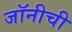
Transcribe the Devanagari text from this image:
जॉनीची